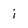
Character: i